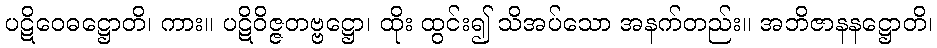
ပဋိဝေဓဋ္ဌောတိ၊ ကား။ ပဋိဝိဇ္ဇတဗ္ဗဋ္ဌော၊ ထိုး ထွင်း၍ သိအပ်သော အနက်တည်း။ အဘိဇာနနဋ္ဌောတိ၊